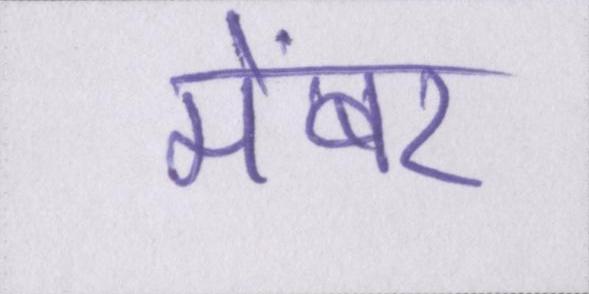
मेंबर